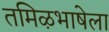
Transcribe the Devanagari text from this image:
तमिऴभाषेला